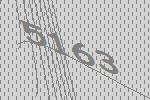
5163